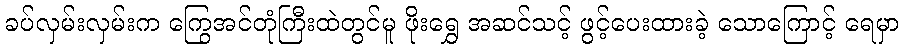
ခပ်လှမ်းလှမ်းက ကြွေအင်တုံကြီးထဲတွင်မူ ဖိုးရွှေ အဆင်သင့် ဖွင့်ပေးထားခဲ့ သောကြောင့် ရေမှာ